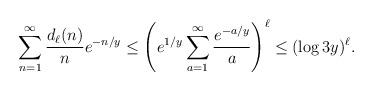
LaTeX: \begin{align*} \sum_{n=1}^{\infty}\frac{d_{\ell}(n)}{n}e^{-n/y}\leq \left(e^{1/y}\sum_{a=1}^{\infty}\frac{e^{-a/y}}{a}\right)^{\ell}\leq (\log3y)^{\ell}.\end{align*}